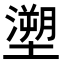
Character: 𭏺